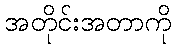
အတိုင်းအတာကို